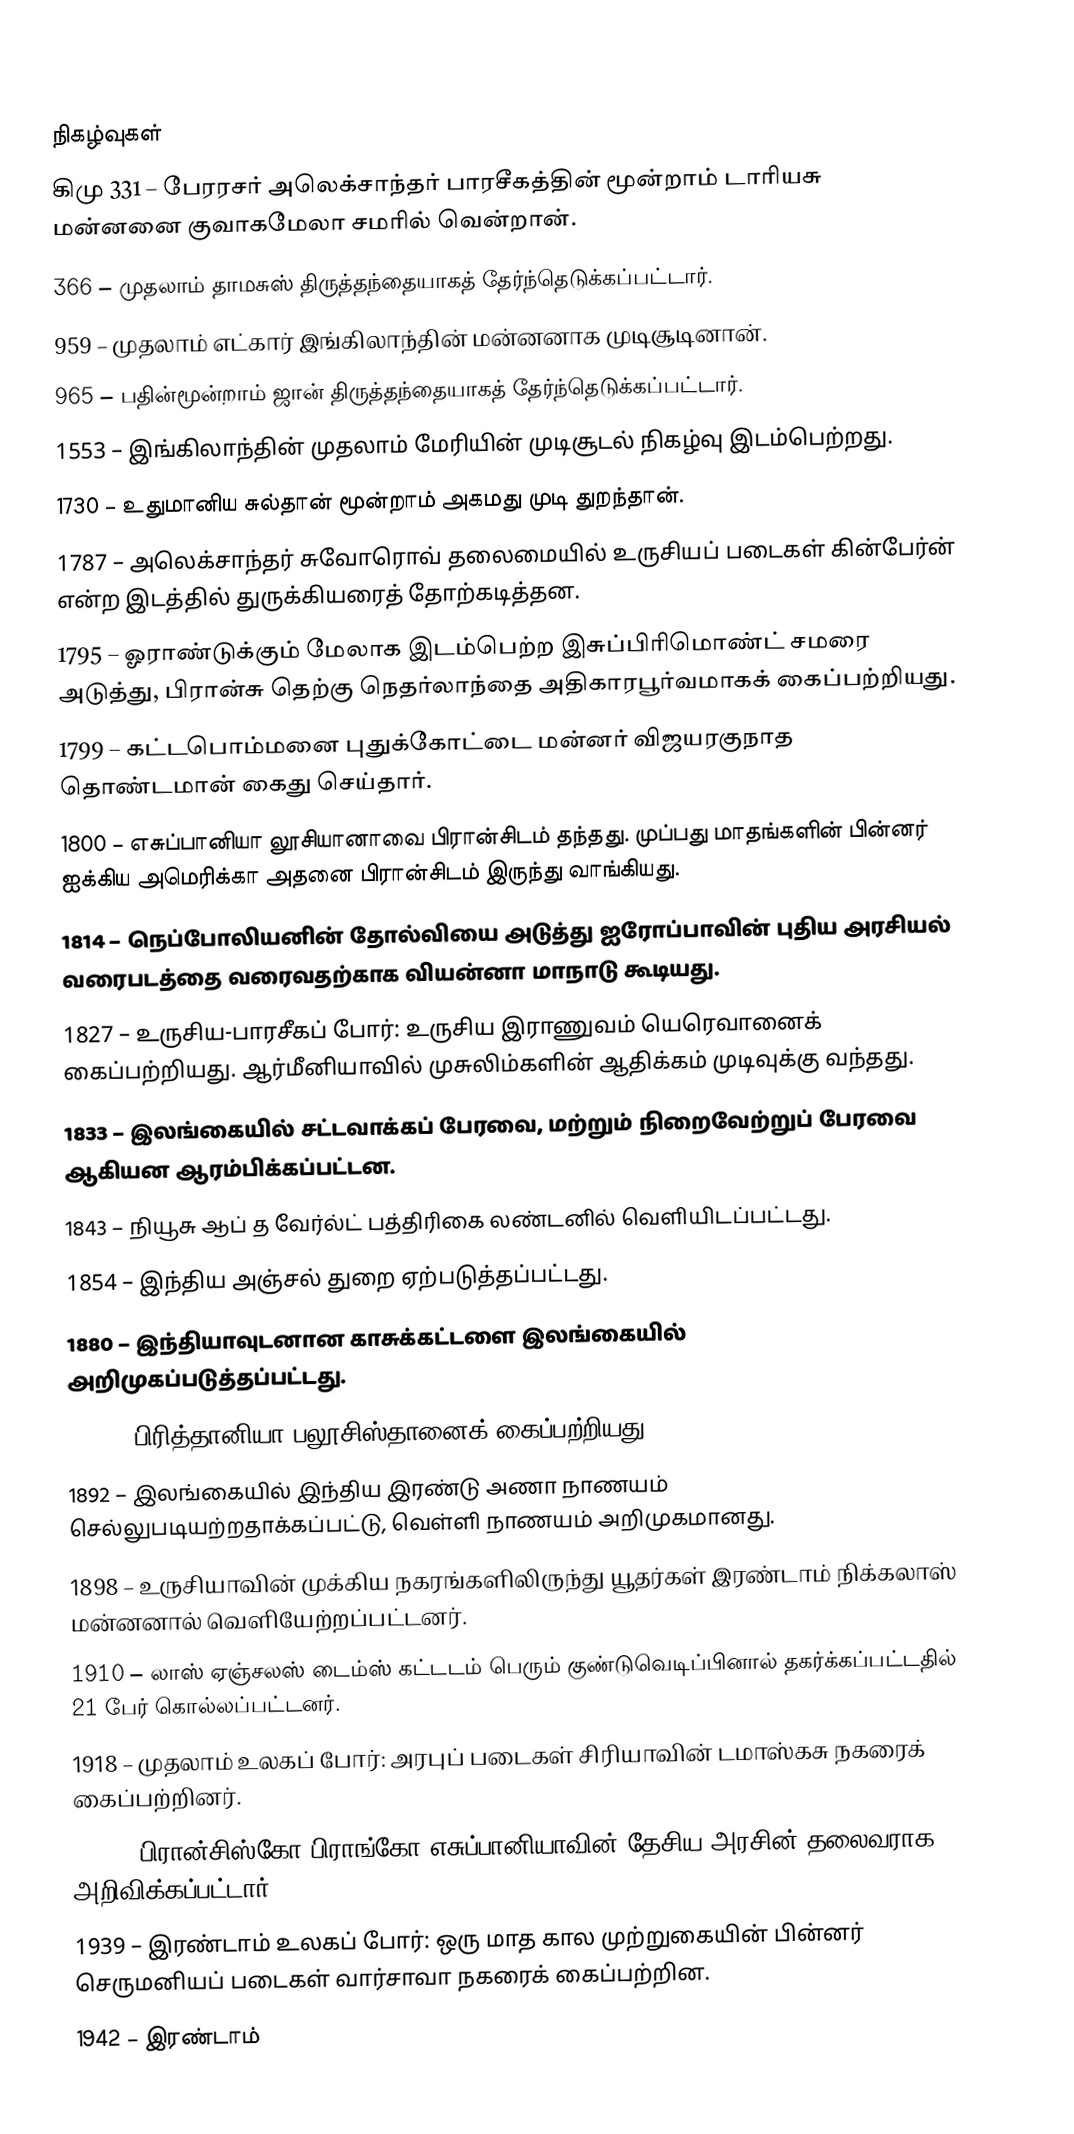

நிகழ்வுகள்
கிமு 331 – பேரரசர் அலெக்சாந்தர் பாரசீகத்தின் மூன்றாம் டாரியசு மன்னனை குவாகமேலா சமரில் வென்றான்.
366 – முதலாம் தாமசுஸ் திருத்தந்தையாகத் தேர்ந்தெடுக்கப்பட்டார்.
959 – முதலாம் எட்கார் இங்கிலாந்தின் மன்னனாக முடிசூடினான்.
965 – பதின்மூன்றாம் ஜான் திருத்தந்தையாகத் தேர்ந்தெடுக்கப்பட்டார்.
1553 – இங்கிலாந்தின் முதலாம் மேரியின் முடிசூடல் நிகழ்வு இடம்பெற்றது.
1730 – உதுமானிய சுல்தான் மூன்றாம் அகமது முடி துறந்தான்.
1787 – அலெக்சாந்தர் சுவோரொவ் தலைமையில் உருசியப் படைகள் கின்பேர்ன் என்ற இடத்தில் துருக்கியரைத் தோற்கடித்தன.
1795 – ஓராண்டுக்கும் மேலாக இடம்பெற்ற இசுப்பிரிமொண்ட் சமரை அடுத்து, பிரான்சு தெற்கு நெதர்லாந்தை அதிகாரபூர்வமாகக் கைப்பற்றியது.
1799 – கட்டபொம்மனை புதுக்கோட்டை மன்னர் விஜயரகுநாத தொண்டமான் கைது செய்தார்.
1800 – எசுப்பானியா லூசியானாவை பிரான்சிடம் தந்தது. முப்பது மாதங்களின் பின்னர் ஐக்கிய அமெரிக்கா அதனை பிரான்சிடம் இருந்து வாங்கியது.
1814 – நெப்போலியனின் தோல்வியை அடுத்து ஐரோப்பாவின் புதிய அரசியல் வரைபடத்தை வரைவதற்காக வியன்னா மாநாடு கூடியது.
1827 – உருசிய-பாரசீகப் போர்: உருசிய இராணுவம் யெரெவானைக் கைப்பற்றியது. ஆர்மீனியாவில் முசுலிம்களின் ஆதிக்கம் முடிவுக்கு வந்தது.
1833 – இலங்கையில் சட்டவாக்கப் பேரவை, மற்றும் நிறைவேற்றுப் பேரவை ஆகியன ஆரம்பிக்கப்பட்டன.
1843 – நியூசு ஆப் த வேர்ல்ட் பத்திரிகை லண்டனில் வெளியிடப்பட்டது.
1854 – இந்திய அஞ்சல் துறை ஏற்படுத்தப்பட்டது.
1880 – இந்தியாவுடனான காசுக்கட்டளை இலங்கையில் அறிமுகப்படுத்தப்பட்டது.
1887 – பிரித்தானியா பலூசிஸ்தானைக் கைப்பற்றியது.
1892 – இலங்கையில் இந்திய இரண்டு அணா நாணயம் செல்லுபடியற்றதாக்கப்பட்டு, வெள்ளி நாணயம் அறிமுகமானது.
1898 – உருசியாவின் முக்கிய நகரங்களிலிருந்து யூதர்கள் இரண்டாம் நிக்கலாஸ் மன்னனால் வெளியேற்றப்பட்டனர்.
1910 – லாஸ் ஏஞ்சலஸ் டைம்ஸ் கட்டடம் பெரும் குண்டுவெடிப்பினால் தகர்க்கப்பட்டதில் 21 பேர் கொல்லப்பட்டனர்.
1918 – முதலாம் உலகப் போர்: அரபுப் படைகள் சிரியாவின் டமாஸ்கசு நகரைக் கைப்பற்றினர்.
1936 – பிரான்சிஸ்கோ பிராங்கோ எசுப்பானியாவின் தேசிய அரசின் தலைவராக அறிவிக்கப்பட்டார்.
1939 – இரண்டாம் உலகப் போர்: ஒரு மாத கால முற்றுகையின் பின்னர் செருமனியப் படைகள் வார்சாவா நகரைக் கைப்பற்றின.
1942 – இரண்டாம்